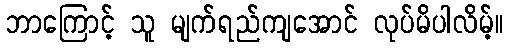
ဘာကြောင့် သူ မျက်ရည်ကျအောင် လုပ်မိပါလိမ့်။